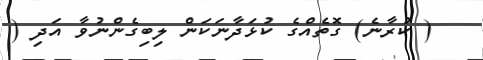
( ކުރާނެ) ގޮތެއްގެ ކުޅަދާނަކަން ލިބިގެންނުވާ އަދި (